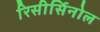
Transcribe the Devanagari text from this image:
रिसीर्सिनोल